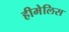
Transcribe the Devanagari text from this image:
हीमेलिस